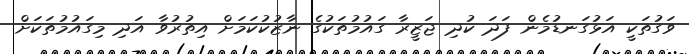
ވަގުތަކީ އަޅުގަނޑުމެން ފަދަ ކުދި ޖަޒީރާ ގައުމުތަކުގެ ނާޒުކުކަމަށް އިތުރުވާ އަދި މިގައުމުތަކަށް